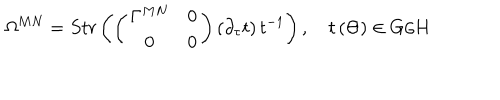
\Omega ^ { M N } = S t r \left( \left( \begin{array} { c c } { { \Gamma ^ { M N } } } & { { 0 } } \\ { { 0 } } & { { 0 } } \\ \end{array} \right) \left( \partial _ { \tau } t \right) t ^ { - 1 } \right) , \quad t \left( \Theta \right) \in G / H